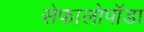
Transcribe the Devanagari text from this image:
सेफालोपॉडा